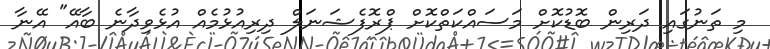
މި ތަނުގައި ދަރިން ބޮޑުކޮށް މަސައްކަތްކޮށް ޕްރޮފެޝަނަލް ދިރިއުޅުމެއް އުޅެވިދާނެ ބާއޭ" އޭނާ